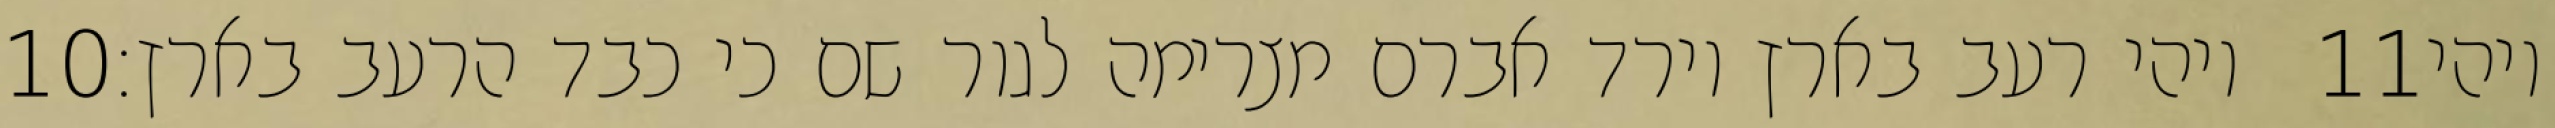
‎10‏ ויהי רעב בארץ וירד אברם מצרימה לגור שם כי כבד הרעב בארץ׃ ‎11‏ ויהי